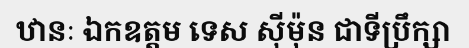
ឋានៈ ឯកឧត្តម ទេស ស៊ីម៉ុន ជាទីប្រឹក្សា